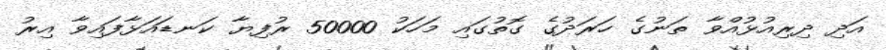
އަދި ދިރިއުޅުއްވާ ތަނުގެ ހަރަދުގެ ގޮތުގައި މަހަކު 50000 ރުފިޔާ ކަނޑައަޅާފައިވާ އިރު